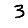
Digit: 3